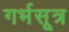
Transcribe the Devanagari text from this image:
गर्भसूत्र